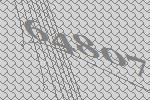
64807